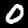
Label: 0